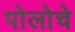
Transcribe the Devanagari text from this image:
पोलोचे